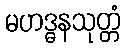
မဟဒ္ဓနသုတ္တံ